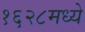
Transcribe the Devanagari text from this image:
१६२८मध्ये